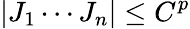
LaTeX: |J_{1}\cdots J_{n}|\leq C^{p}